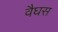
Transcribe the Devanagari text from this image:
वैघस